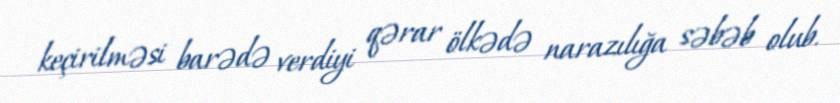
keçirilməsi barədə verdiyi qərar ölkədə narazılığa səbəb olub.